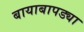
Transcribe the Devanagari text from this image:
बायाबापड्या